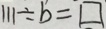
1 1 1 \div b = \square